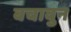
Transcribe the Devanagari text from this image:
बचावुन